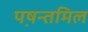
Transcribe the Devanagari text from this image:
पष़न्तमिल